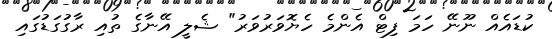
ކުޑައެއް ނޫނޭ ހަމަ ފިޓް އެންމެ ހެޔޮވަރުވަރު" ޝެލީ އޭނާގެ ތުއި ރާގުގަޑުގައި